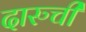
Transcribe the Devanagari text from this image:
दारुची